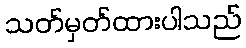
သတ်မှတ်ထားပါသည်